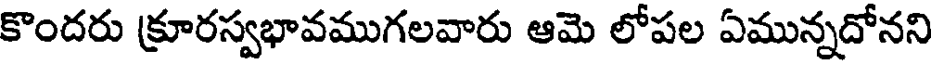
కొందరు క్రూరస్వభావముగలవారు ఆమె లోపల ఏమున్నదోనని